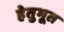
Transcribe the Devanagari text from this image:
हेतुभूत